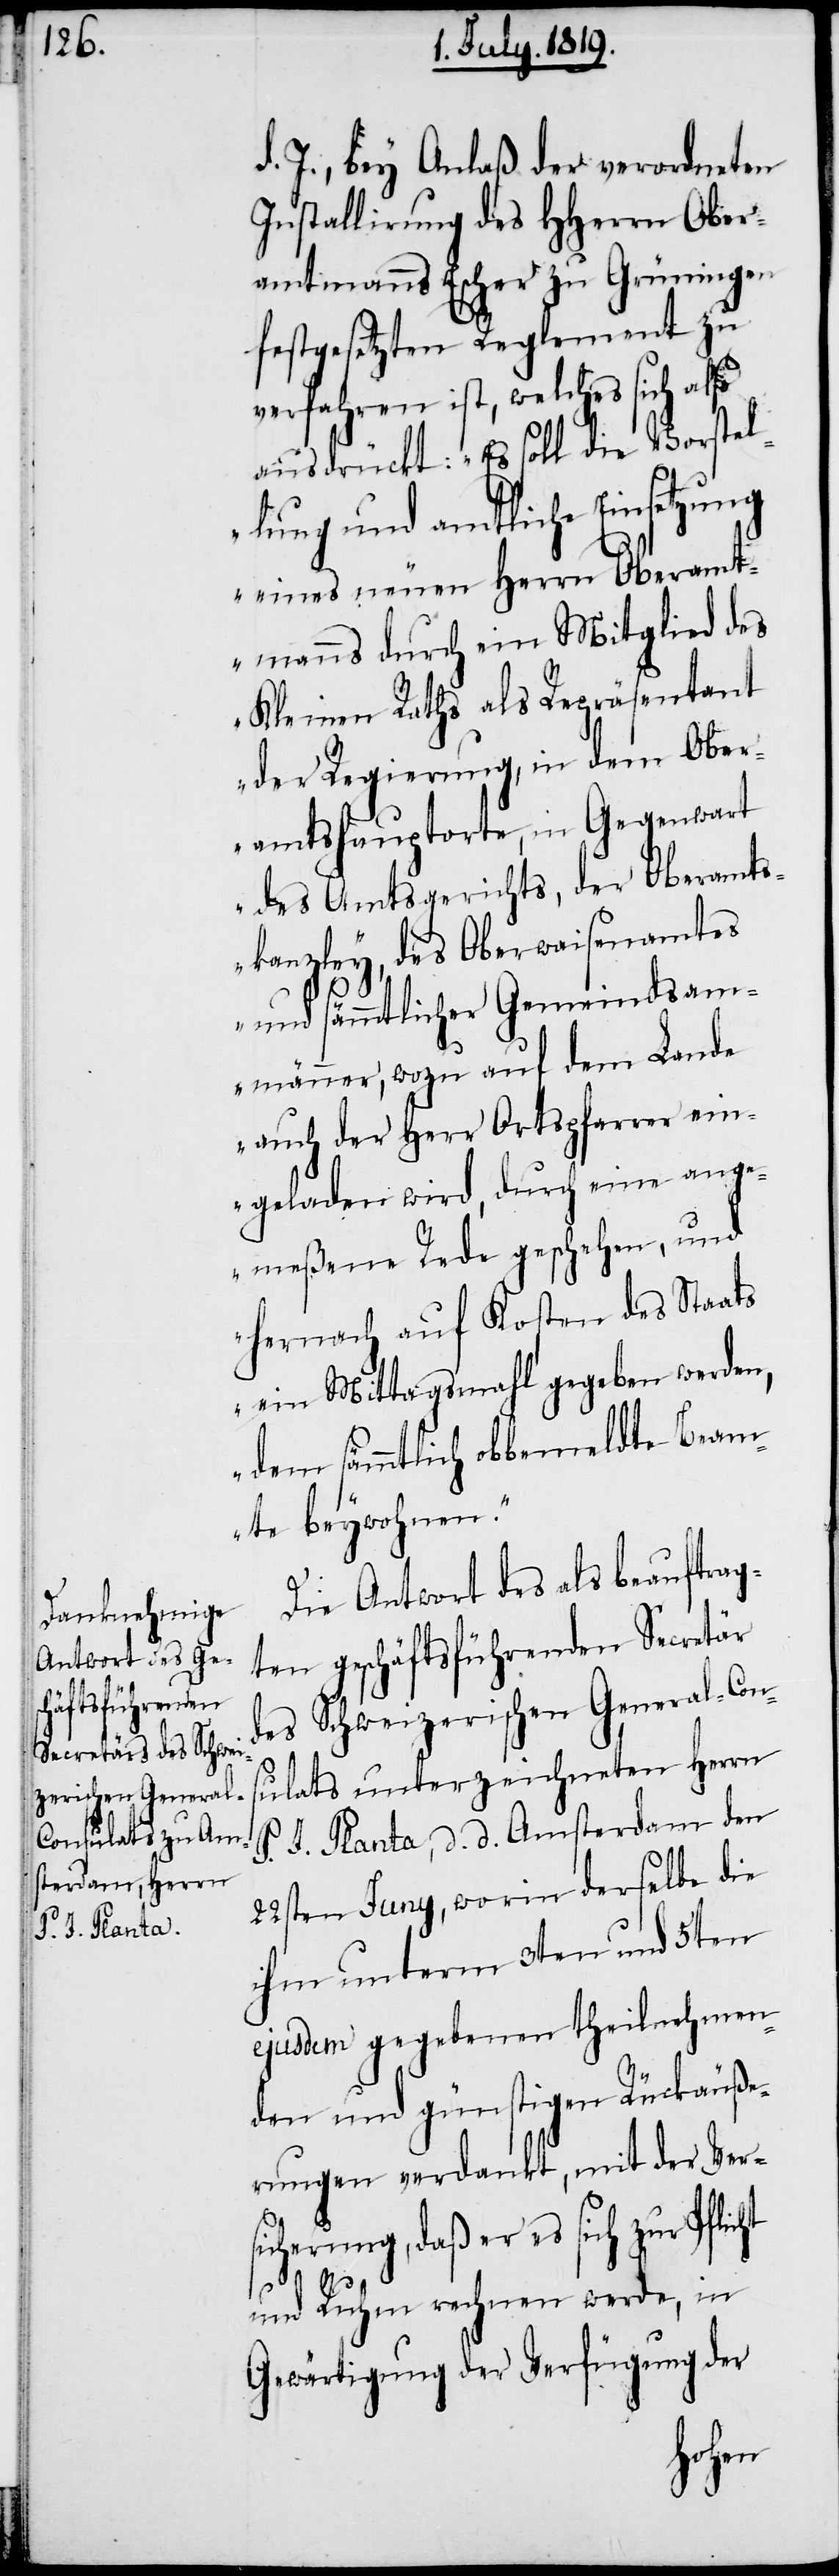
d. J., bey Anlaß der verordneten
Installirung des HHerrn Ober¬
amtmanns Escher zu Grüningen
festgesetzten Reglement zu
verfahren ist, welches sich also
ausdrückt: „Es soll die Vorstel¬
lung und amtliche Einsetzung
eines neuen Herrn Oberamt¬
manns durch ein Mitglied des
Kleinen Raths als Repräsentant
der Regierung, in dem Ober¬
amtshauptorte, in Gegewart
des Amtsgerichts, der Oberamts¬
kanzley, des Oberwaisenamtes
und sämmtlicher Gemeindsam¬
männer, wozu auf dem Lande
auch der Herr Ortspfarrer ein¬
geladen wird, durch eine ange¬
meßene Rede geschehen, und
hernach auf Kosten des Staats
ein Mittagsmahl gegeben werden,
dem sämmtlich obbemeldte Beam¬
te beywohnen.“
Die Antwort des als beauftrag¬
ten geschäftsführenden Secretär
des Schweizerischen General-Con¬
sulats unterzeichneten Herrn
P. J. Planta, d. d. Amsterdam den
22sten Juny, worin derselbe die
ihm unterm 3ten und 5ten
ejusdem gegebenen theilnehmen¬
den und günstigen Rückäuße¬
rungen verdankt, mit der Vers¬
icherung, daß er es sich zur Pfli¬
und Ruhm rechnen werde, in
Gewärtigung der Verfügung der
cht